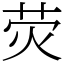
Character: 荧